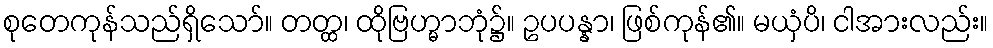
စုတေကုန်သည်ရှိသော်။ တတ္ထ၊ ထိုဗြဟ္မာဘုံ၌။ ဥပပန္နာ၊ ဖြစ်ကုန်၏။ မယှံပိ၊ ငါအားလည်း။